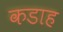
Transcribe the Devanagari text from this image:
कडाह